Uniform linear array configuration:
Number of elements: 16
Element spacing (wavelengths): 0.75
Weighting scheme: binomial
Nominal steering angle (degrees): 0
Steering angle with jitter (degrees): -0.3825
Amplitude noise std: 0.05
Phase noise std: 0.05

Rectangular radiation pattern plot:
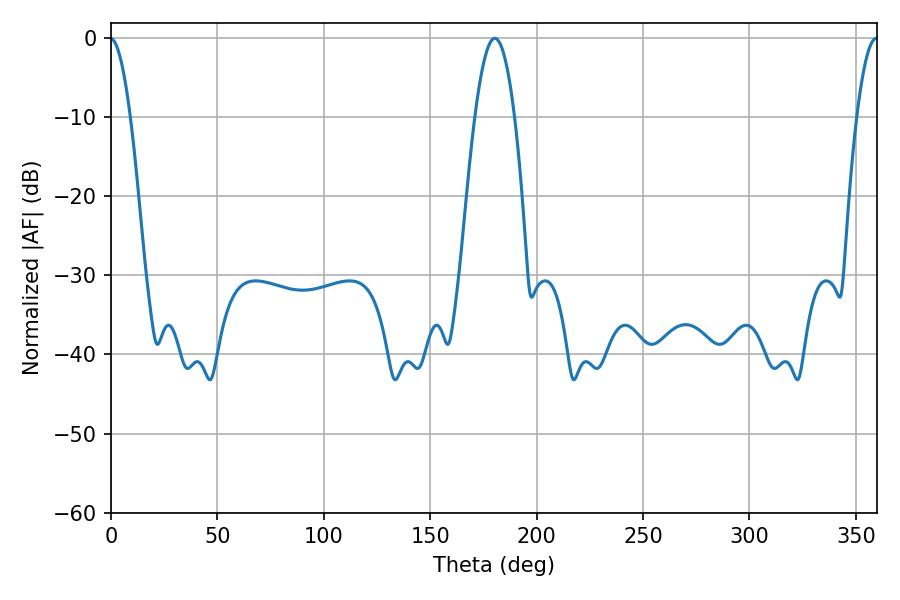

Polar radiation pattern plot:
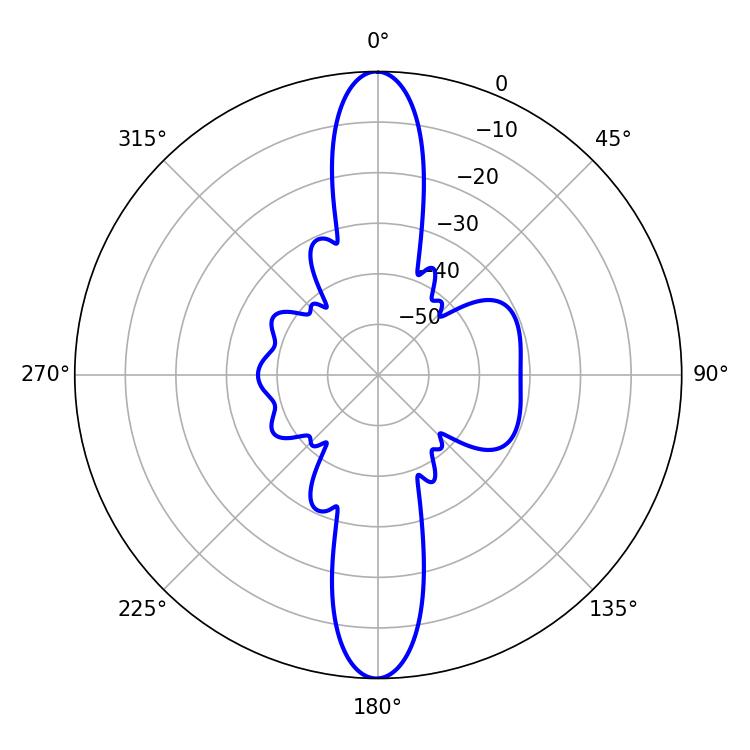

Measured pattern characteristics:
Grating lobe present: TRUE
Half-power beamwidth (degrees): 10.08
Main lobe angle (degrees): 180.36